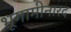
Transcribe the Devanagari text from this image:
भूगामीनारद